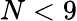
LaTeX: N<9